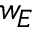
w _ { E }